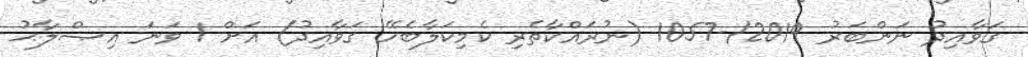
ގަވާއިދު ނަންބަރު 2019/-1057 (ނުރައްކާތެރި ކެމިކަލާބެހޭ ގަވާއިދު) އަށް 1 ވަނަ އިޞްލާޙު